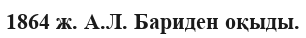
1864 ж. А.Л. Бариден оқыды.